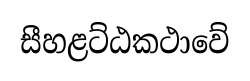
සීහළට්ඨකථාවේ